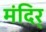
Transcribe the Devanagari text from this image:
मंदिर्